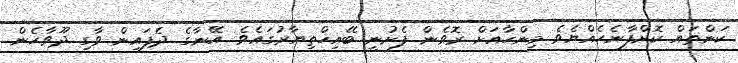
ކަންތައް ކޮށްފާނެހެއްޔެވެ މިންހާއަށް ރޮވެން ފެށުނީ ބޭއިޚްތިޔާރުގައެވެ. އޭނާގެ ދެފައިން ވާގި ދޫވާހެން